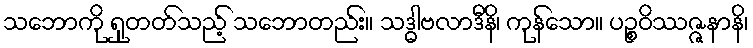
သဘောကို ရှုတတ်သည့် သဘောတည်း။ သဒ္ဓါဗလာဒီနိ၊ ကုန်သော။ ပဉ္စဝိဿဇ္ဇနာနိ၊